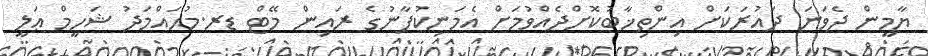
ޔާމީން ދެވަނަ ދައުރަކަށް އިންތިޚާބުކޮށްދެއްވުމަށް އެމަނިކުފާނުގެ ރައިން މޭޓް ޑރ.މުޙައްމަދު ޝަހީމް ޢަލީ